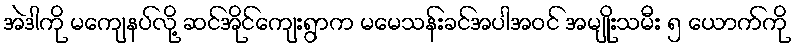
အဲဒါကို မကျေနပ်လို့ ဆင်အိုင်ကျေးရွာက မမေသန်းခင်အပါအဝင် အမျိုးသမီး ၅ ယောက်ကို